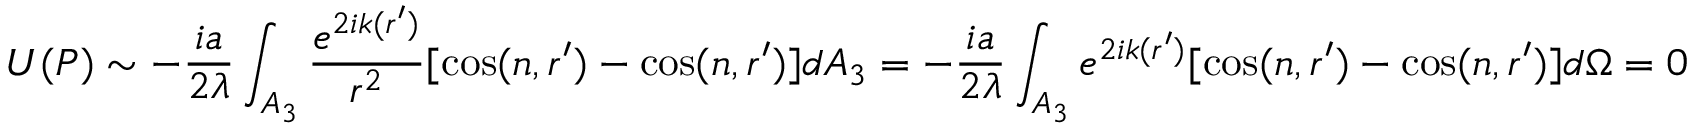
U ( P ) \sim - { \frac { i a } { 2 \lambda } } \int _ { A _ { 3 } } { \frac { e ^ { 2 i k ( r ^ { \prime } ) } } { r ^ { 2 } } } [ \cos ( n , r ^ { \prime } ) - \cos ( n , r ^ { \prime } ) ] d { A _ { 3 } } = - { \frac { i a } { 2 \lambda } } \int _ { A _ { 3 } } e ^ { 2 i k ( r ^ { \prime } ) } [ \cos ( n , r ^ { \prime } ) - \cos ( n , r ^ { \prime } ) ] d { \Omega } = 0